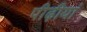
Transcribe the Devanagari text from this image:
पीढ़ीयां